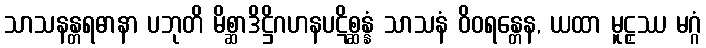
သာသနန္တရဓာနာ ပဘုတိ မိစ္ဆာဒိဋ္ဌိဂဟနပဋိစ္ဆန္နံ သာသနံ ဝိဝရန္တေန, ယထာ မူဠှဿ မဂ္ဂံ